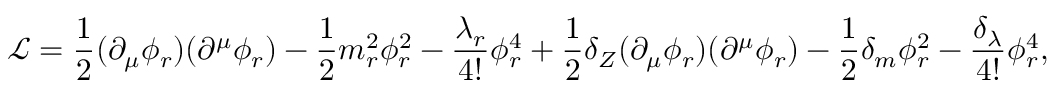
{ \mathcal { L } } = { \frac { 1 } { 2 } } ( \partial _ { \mu } \phi _ { r } ) ( \partial ^ { \mu } \phi _ { r } ) - { \frac { 1 } { 2 } } m _ { r } ^ { 2 } \phi _ { r } ^ { 2 } - { \frac { \lambda _ { r } } { 4 ! } } \phi _ { r } ^ { 4 } + { \frac { 1 } { 2 } } \delta _ { Z } ( \partial _ { \mu } \phi _ { r } ) ( \partial ^ { \mu } \phi _ { r } ) - { \frac { 1 } { 2 } } \delta _ { m } \phi _ { r } ^ { 2 } - { \frac { \delta _ { \lambda } } { 4 ! } } \phi _ { r } ^ { 4 } ,